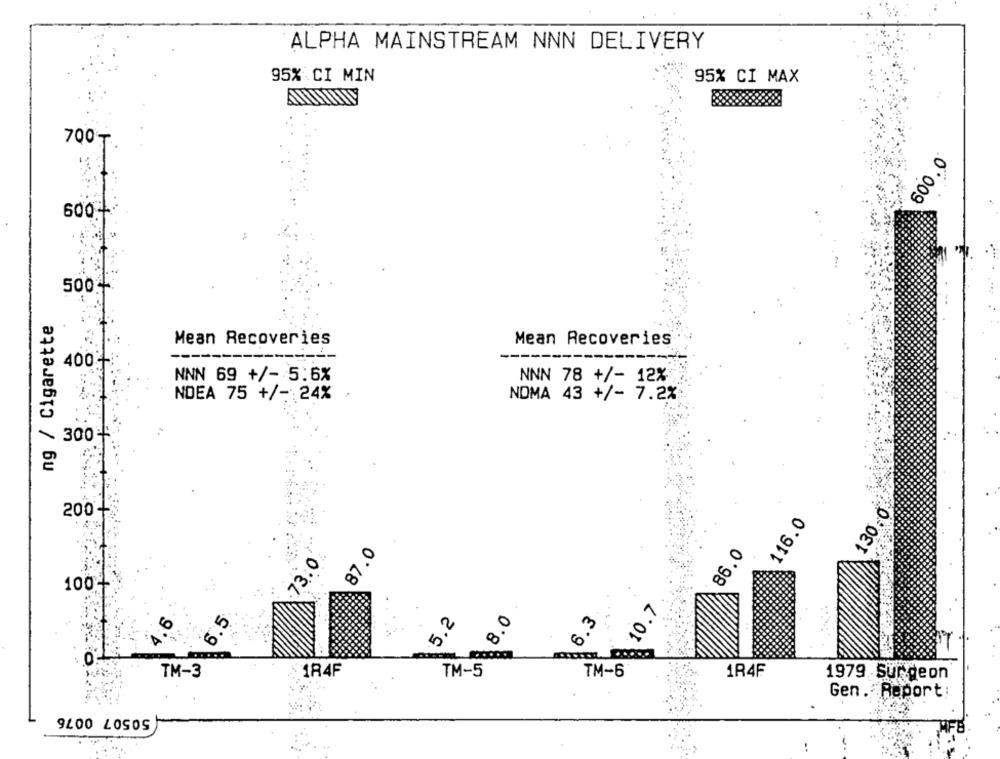
ALPHA MAINSTREAM NNN DELIVERY
95% CI MIN
95% CI MAX
700₸
600.0
6003
500+
ng / Cigarette
Mean Recoveries
Mean Recoveries
---
--
400
NNN 69 +/- 5.6%
NNN 78 +/- 12%
NDEA 75 +/- 24%
NOMA 43 +/- 7.2%
~ 300 -
130.0.
200-
116.0
87.0
86.0
73 :
100
10.7
6.5
5.2
8.0
6.3
TM-3
$184F
TM-5
TM-6
1R4F
1979 Surgeon
Gen. Report:
50507 0076